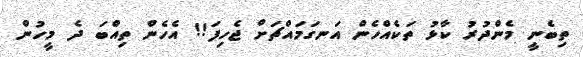
ތިބެނީ މެންދުރު ކާޅު ތަކެއްހެން އަނގަމައްޗަށް ޖެހިފަ!! އެހެން ތިއްބަ ދެ މީހުން